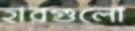
হারগুলো